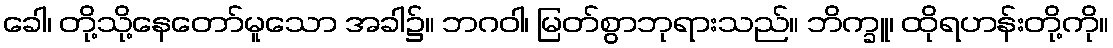
ခေါ၊ တို့သို့နေတော်မူသော အခါ၌။ ဘဂဝါ၊ မြတ်စွာဘုရားသည်။ ဘိက္ခူ၊ ထိုရဟန်းတို့ကို။